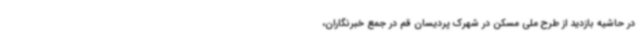
در حاشیه بازدید از طرح ملی مسکن در شهرک پردیسان قم در جمع خبرنگاران،